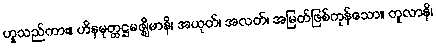
ဟူသည်ကား။ ဟိနမုတ္တဋ္ဌမဇ္ဈိမာနိ၊ အယုတ်၊ အလတ်၊ အမြတ်ဖြစ်ကုန်သော။ တူလာနိ၊